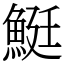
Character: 䱓